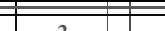
٢٩